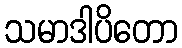
သမာဒါပိတော